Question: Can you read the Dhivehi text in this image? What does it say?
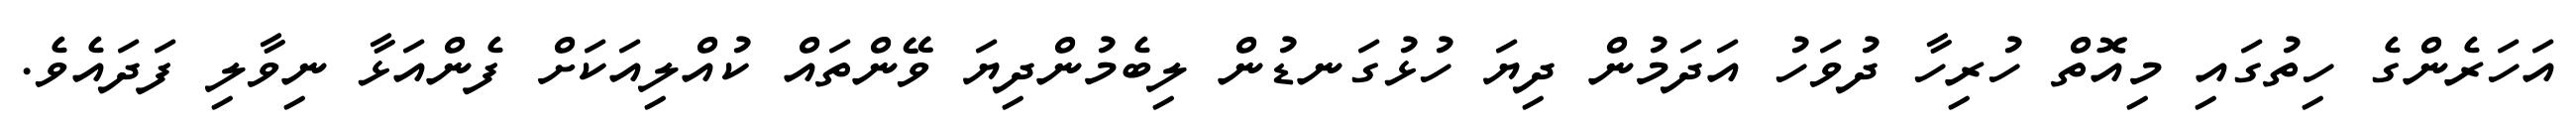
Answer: އަހަރެންގެ ހިތުގައި މިއޮތް ހުރިހާ ދުވަހު އަދަމުން ދިޔަ ހުޅުގަނޑުން ލިބެމުންދިޔަ ވޭންތައް ކުއްލިއަކަށް ފެންއަޅާ ނިވާލި ފަދައެވެ.